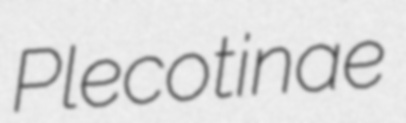
Plecotinae